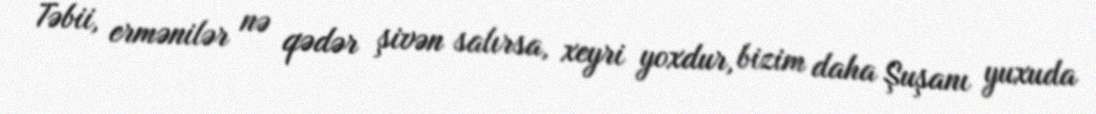
Təbii, ermənilər nə qədər şivən salırsa, xeyri yoxdur, bizim daha Şuşanı yuxuda